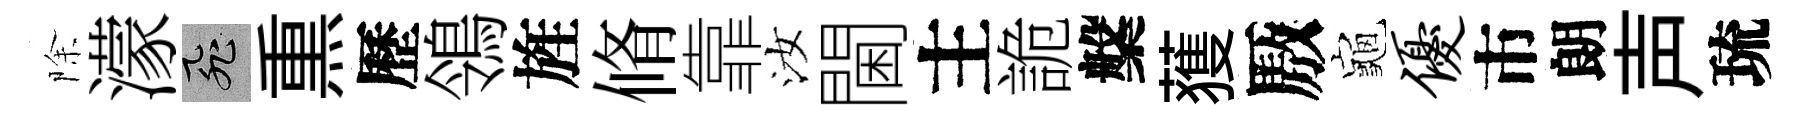
除濛飛𤋱歷鴒旌脩靠汝閫主詭槃𫉬厫龜优市朗声琉